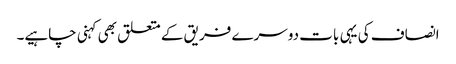
انصاف کی یہی بات دوسرے فریق کے متعلق بھی کہنی چاہیے۔